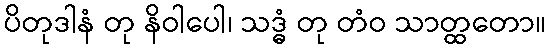
ပိတုဒါနံ တု နိဝါပေါ၊ သဒ္ဓံ တု တံဝ သာတ္ထတော။